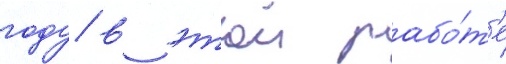
году в этои рабо́т'е